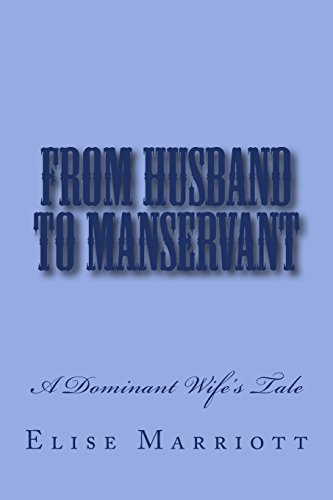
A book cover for From Husband to Manservant: A Dominant Wife's Tale; Steve Glover; Romance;